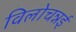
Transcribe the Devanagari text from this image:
विलोचन्नई